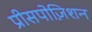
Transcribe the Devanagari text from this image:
प्रीसपोज़िशन